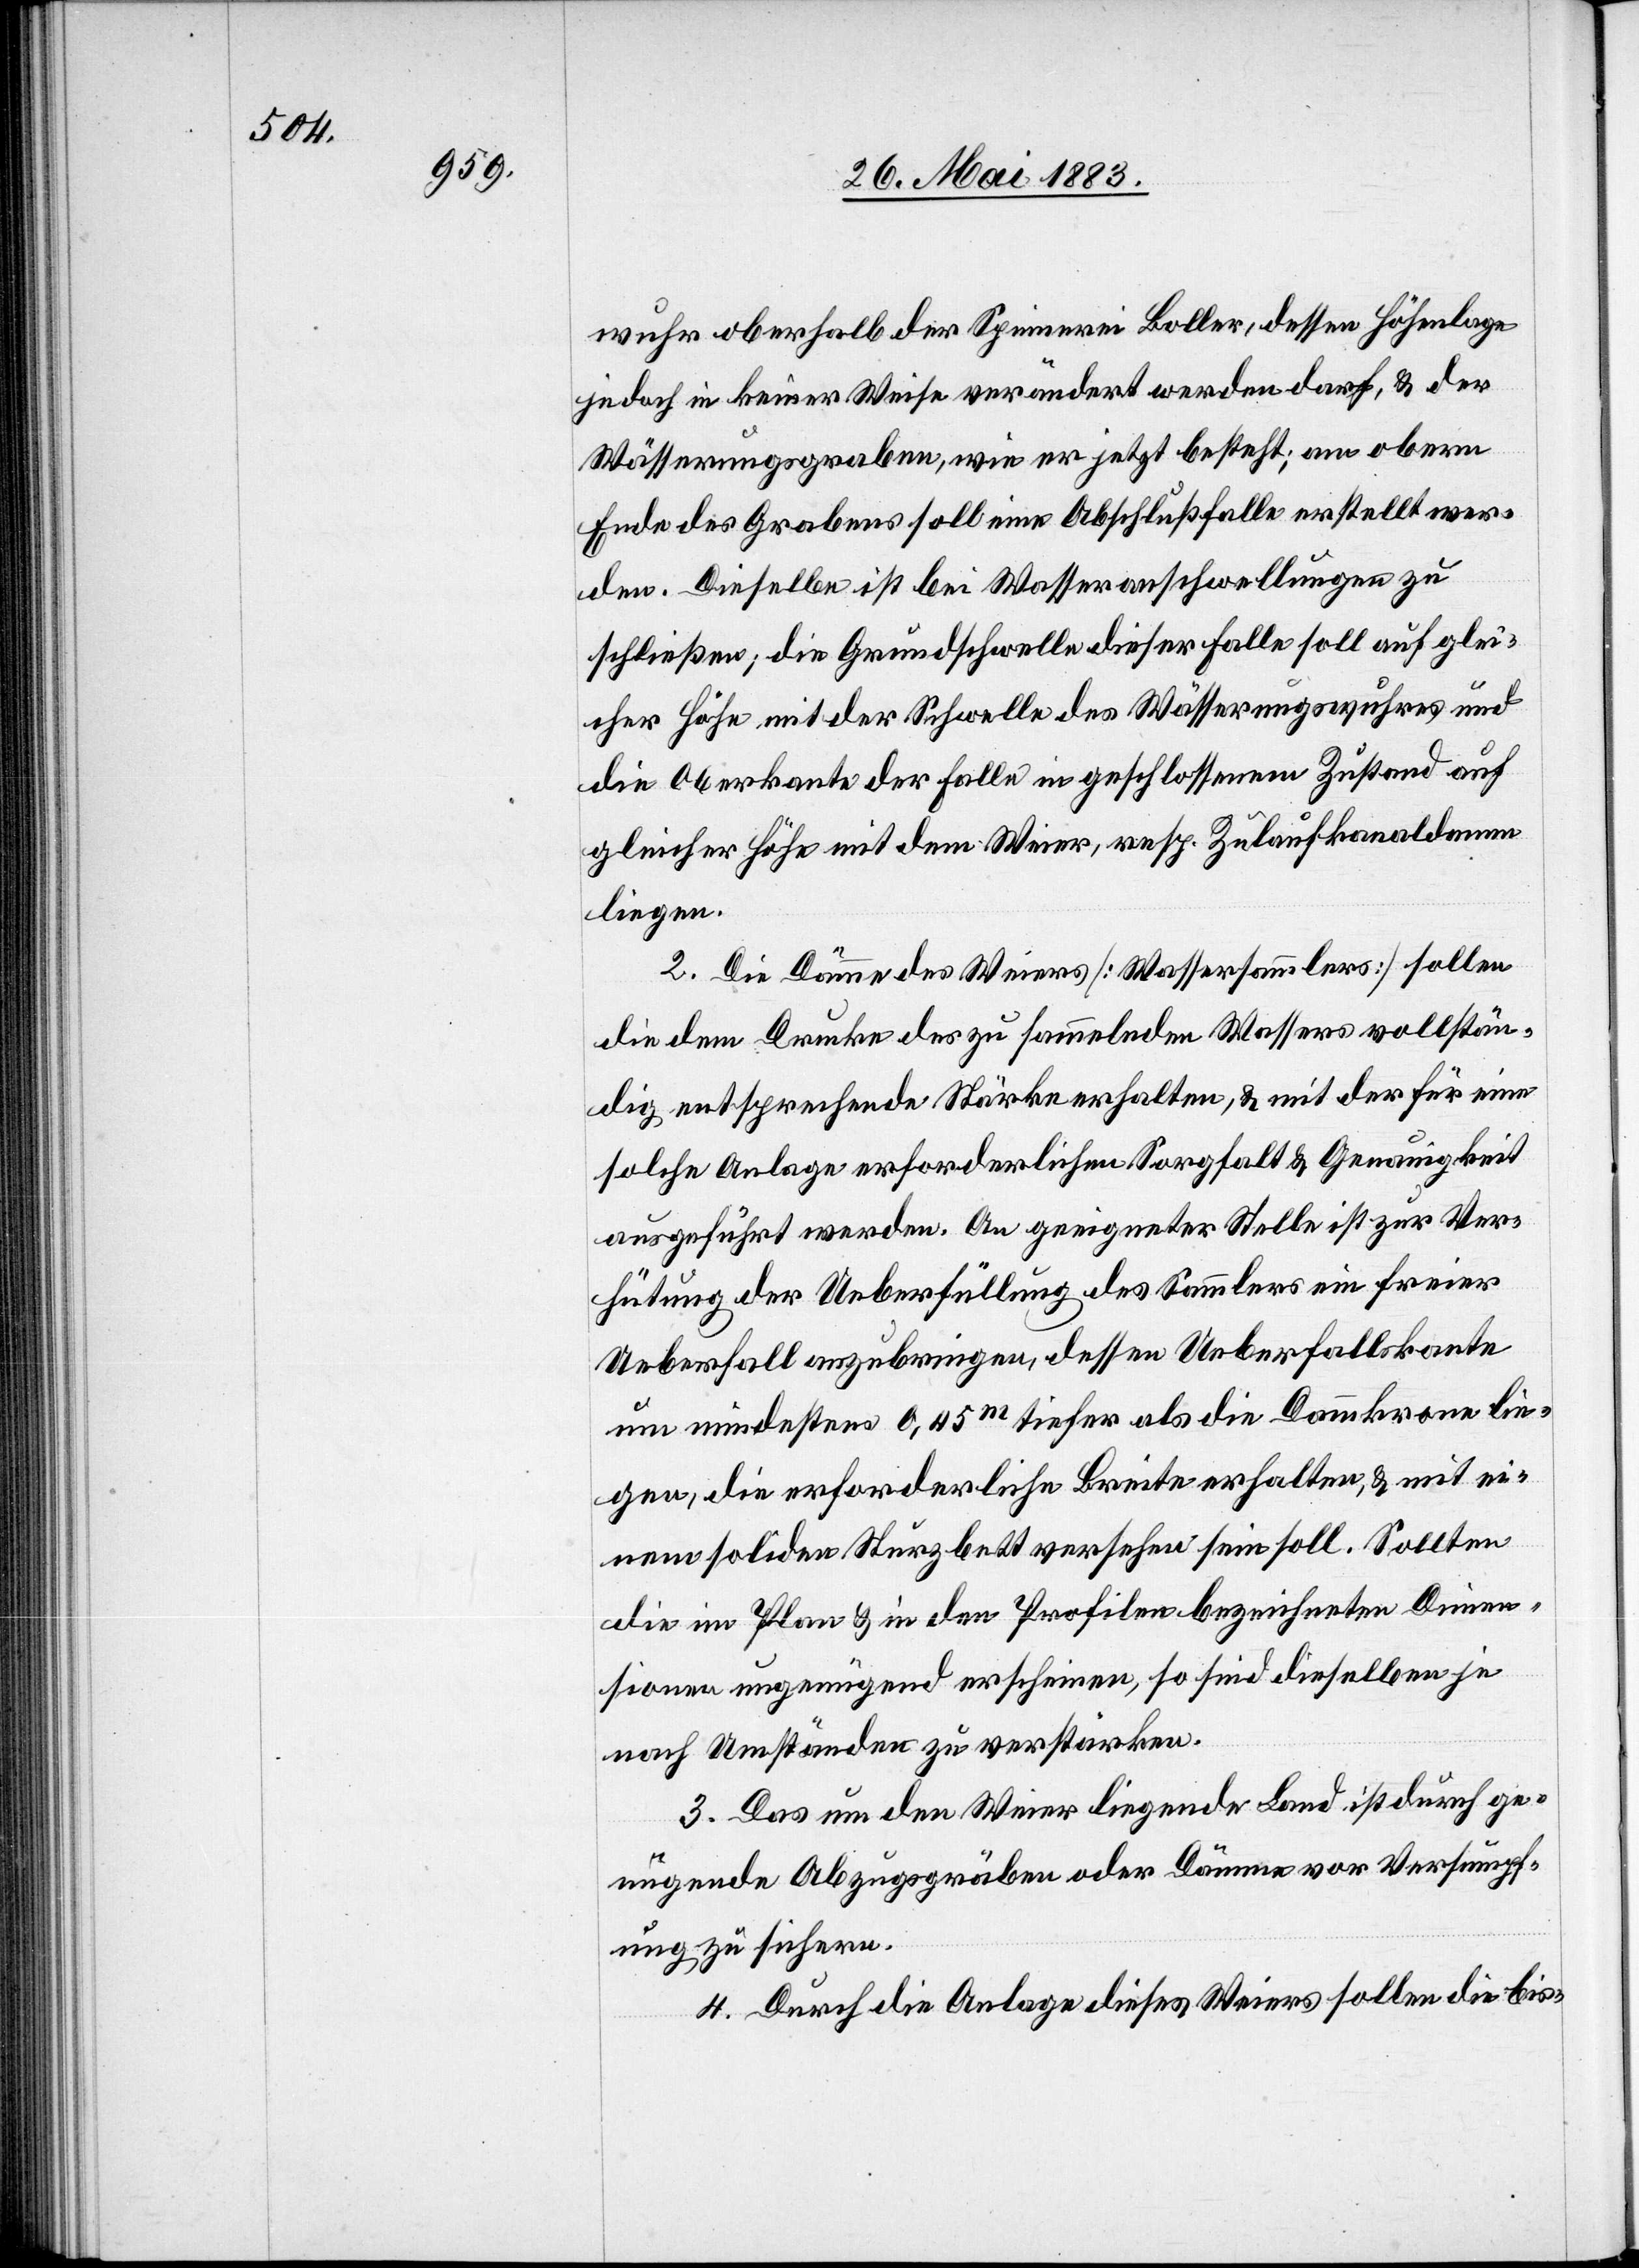
wuhr oberhalb der Spinnerei Boller, dessen Höhenlage
jedoch in keiner Weise verändert werden darf, & der
Wässerungsgraben, wie er jetzt besteht; am obern
Ende des Grabens soll eine Abschlußfalle erstellt wer¬
den. Dieselbe ist bei Wasseranschwellungen zu
schließen; die Grundschwelle dieser Falle soll auf glei¬
cher Höhe mit der Schwelle des Wässerungswuhres und
die Oberkante der Falle in geschlossenem Zustand auf
gleicher Höhe mit dem Weier, resp. Zulaufkanaldamm
liegen.
2. Die Dämme des Weiers [Wassersammlers] sollen
die dem Drucke des zu sammelnden Wassers vollstän¬
dig entsprechende Stärke erhalten, & mit der für eine
solche Anlage erforderlichen Sorgfalt & Genauigkeit
ausgeführt werden. An geeigneter Stelle ist zur Ver¬
hütung der Ueberfüllung des Sammlers ein freier
Ueberfall anzubringen, dessen Ueberfallskante
um mindestens 0,45m tiefer als die Dammkrone lie¬
gen, die erforderliche Breite erhalten, & mit ei¬
nem soliden Sturzbett versehen sein soll. Sollten
die im Plan & in den Profilen bezeichneten Dimen¬
sionen ungenügend erscheine, so sind dieselben je
nach Umständen zu verstärken.
3. Das um den Weier liegende Land ist durch ge¬
nügende Abzugsgräben oder Dämme vor Versumpf¬
ung zu sichern.
4. Durch die Anlage dieses Weiers sollen die bis-